Annual vaccination report of Bihar and Orissa - 1911-1928
Year: 1911
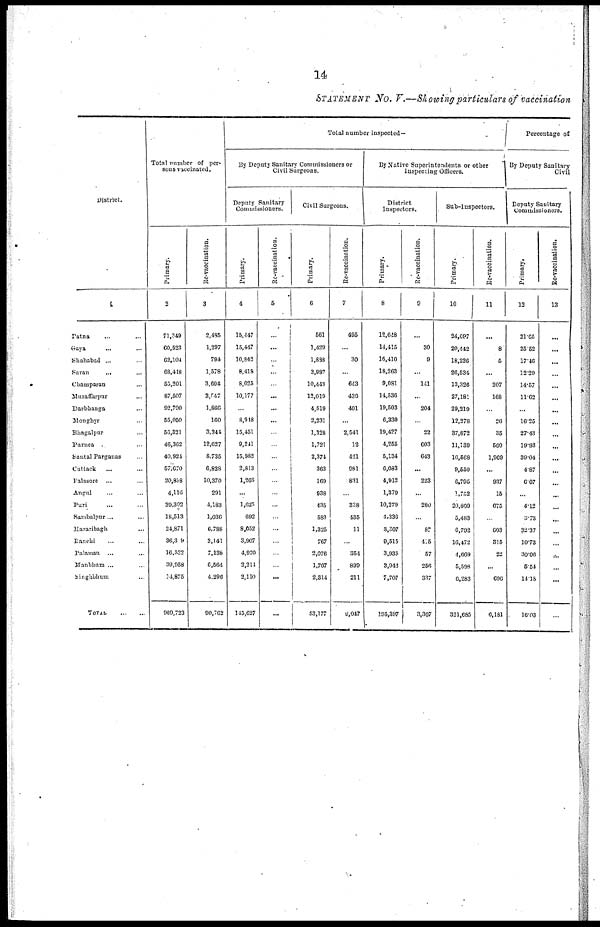
14
STATEMENT No. V.—Showing particulars of vaccination
District.
1
Patna ... ...
Gaya ... ...
Shahabad ... ...
Saran
... ...
Champaran ...
Muzaffarpur ...
Darbhanga ...
Monghyr ...
Bhagalpur ...
Parnea ...
Santal Parganas ...
Cuttack ... ...
Palasore ... ...
Angul ... ...
Puri ... ...
Sambalpur... ...
Hazaribagh ...
Ranchi ... ...
Palamau ... ...
Manbhum ... ...
Singhbhum ...
TOTAL
...
...
Total number of per-
sons vaccinated.
Primary.
2
71,349
60,523
62,104
68,448
55,201
87,507
92,790
55,050
56,321
46,362
40,924
57,670
20,858
4,116
39,302
18,513
24,871
36,309
16,532
39,958
14,875
969,723
Re-vaccination.
3
2,485
1,297
794
1,578
3,694
3,547
1,866
160
3,344
12,627
8,735
6,828
10,370
291
4,183
1,036
6,788
3,141
7,136
6,564
4,296
90,762
Total number inspected.
By Deputy Sanitary Commissioners or
Civil Surgeons.
Deputy Sanitary
Commissioners.
Primary.
4
15,447
15,447
10,842
8,418
8,025
10,177
...
8,918
15,451
9,241
15,982
2,813
1,266
...
1,625
692
8,052
3,907
4,970
2,214
2,110
145,627
Re-vaccination.
5
...
...
...
...
...
...
...
...
...
...
...
...
...
...
...
...
...
...
...
...
...
...
Civil Surgeons.
Primary.
6
561
1,429
1,888
3,987
10,443
12,019
4,519
2,231
1,328
1,721
2,374
363
169
938
435
583
1,325
767
2,076
1,707
2,314
53,177
Re-vaccination.
7
495
...
30
...
643
436
401
...
2,541
12
421
981
831
...
338
435
11
...
354
899
211
9,047
By Native Superintendents or other
inspecting Officers.
District
Inspectors.
Primary.
8
12,648
14,415
16,410
18,263
9,081
14,536
19,503
6,330
19,427
4,255
5,134
6,083
4,912
1,379
10,279
4,336
3,307
9,515
3,935
3,942
7,707
195,397
Re-vaccination.
9
...
30
9
...
141
...
204
...
22
603
643
...
223
...
280
...
87
415
57
256
337
3,307
Sub-Inspectors.
Primary.
10
24,697
20,442
18,226
26,534
13,326
27,181
29,219
12,278
37,872
11,139
16,568
9,550
6,795
1,752
20,809
5,483
6,792
16,472
4,669
5,598
6,283
321,685
Re-vaccination.
11
...
8
6
...
207
168
...
26
35
560
1,909
...
937
15
675
...
603
315
22
...
696
6,181
Percentage of
By Deputy Sanitary
Civil
Deputy Sanitary
Commissioners.
Primary.
12
21.65
25.52
17.46
12.29
14.57
11.62
...
16.25
27.43
19.93
39.04
4.87
6.07
...
4.12
3.73
32.37
10.73
30.06
5.54
14.18
16.03
Re-vaccination,
13
...
...
...
...
...
...
...
...
...
...
...
...
...
...
...
...
...
...
....
...
...
...